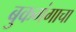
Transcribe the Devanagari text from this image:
बुकगंगाचा